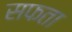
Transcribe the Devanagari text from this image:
सफता